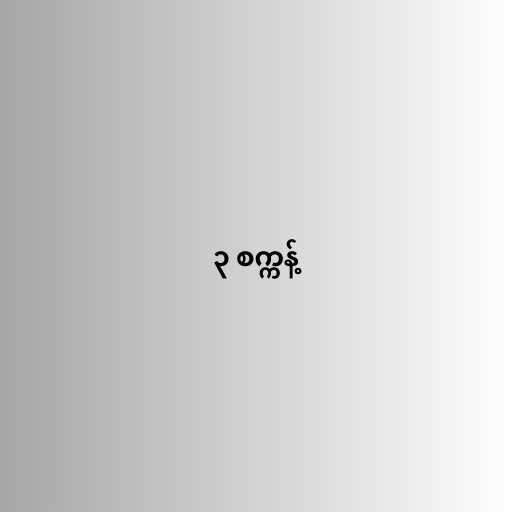
၃ စက္ကန့်